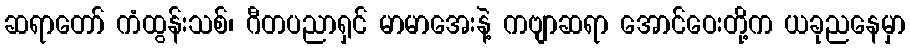
ဆရာတော် ကံထွန်းသစ်၊ ဂီတပညာရှင် မာမာအေးနဲ့ ကဗျာဆရာ အောင်ဝေးတို့က ယခုညနေမှာ